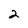
Character: 2